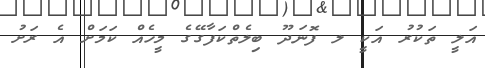
އަލީ ތަކުރު އަކީ ލ ފޮނަދޫ ބިލެތްކަފާގޭގެ މީހެއް ކަމަށް އެ ރަށު